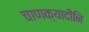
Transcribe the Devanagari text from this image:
चाणक्यादीनि